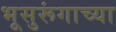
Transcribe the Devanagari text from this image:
भूसुरूंगाच्या